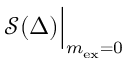
\mathcal { S } ( \Delta ) \Big | _ { m _ { \mathrm { e x } } = 0 }